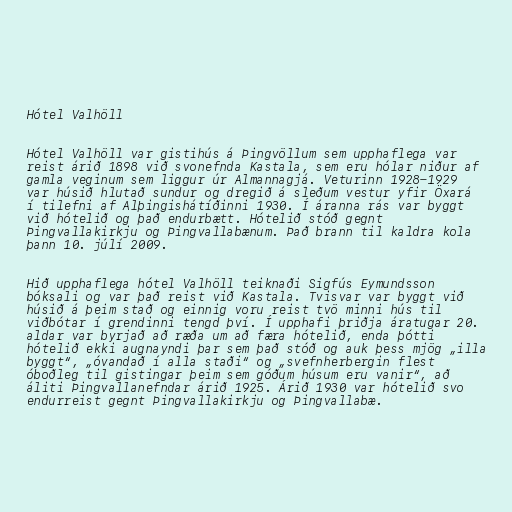
Hótel Valhöll

Hótel Valhöll var gistihús á Þingvöllum sem upphaflega var
reist árið 1898 við svonefnda Kastala, sem eru hólar niður af
gamla veginum sem liggur úr Almannagjá. Veturinn 1928-1929
var húsið hlutað sundur og dregið á sleðum vestur yfir Öxará
í tilefni af Alþingishátíðinni 1930. Í áranna rás var byggt
við hótelið og það endurbætt. Hótelið stóð gegnt
Þingvallakirkju og Þingvallabænum. Það brann til kaldra kola
þann 10. júlí 2009.

Hið upphaflega hótel Valhöll teiknaði Sigfús Eymundsson
bóksali og var það reist við Kastala. Tvisvar var byggt við
húsið á þeim stað og einnig voru reist tvö minni hús til
viðbótar í grendinni tengd því. Í upphafi þriðja áratugar 20.
aldar var byrjað að ræða um að færa hótelið, enda þótti
hótelið ekki augnayndi þar sem það stóð og auk þess mjög „illa
byggt“, „óvandað í alla staði“ og „svefnherbergin flest
óboðleg til gistingar þeim sem góðum húsum eru vanir“, að
áliti Þingvallanefndar árið 1925. Árið 1930 var hótelið svo
endurreist gegnt Þingvallakirkju og Þingvallabæ.